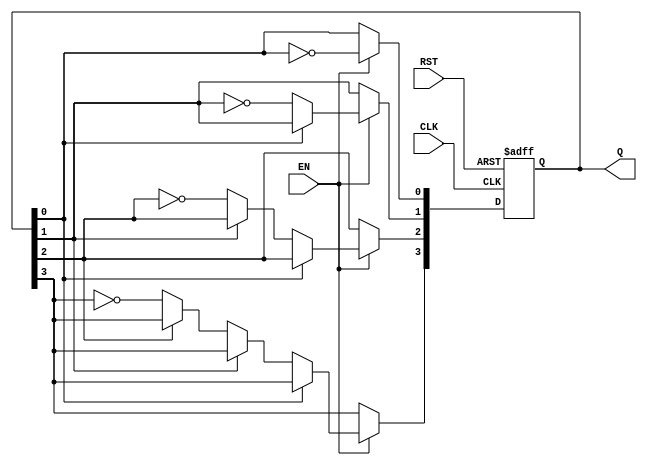
module async_counter (
    input wire CLK,      // Clock input
    input wire RST,      // Asynchronous reset
    input wire EN,       // Enable signal
    output reg [3:0] Q   // 4-bit output
);

// Asynchronous counter logic
always @(posedge CLK or posedge RST) begin
    if (RST) begin
        Q <= 4'b0000; // Reset the counter to 0
    end else if (EN) begin
        // Toggle the least significant bit (LSB)
        Q[0] <= ~Q[0];
        
        // Toggle the next bits based on the previous bit
        if (Q[0] == 1'b0) begin
            Q[1] <= ~Q[1];
            if (Q[1] == 1'b0) begin
                Q[2] <= ~Q[2];
                if (Q[2] == 1'b0) begin
                    Q[3] <= ~Q[3];
                end
            end
        end
    end
end

endmodule